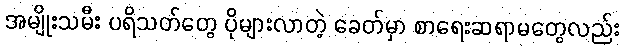
အမျိုးသမီး ပရိသတ်တွေ ပိုများလာတဲ့ ခေတ်မှာ စာရေးဆရာမတွေလည်း